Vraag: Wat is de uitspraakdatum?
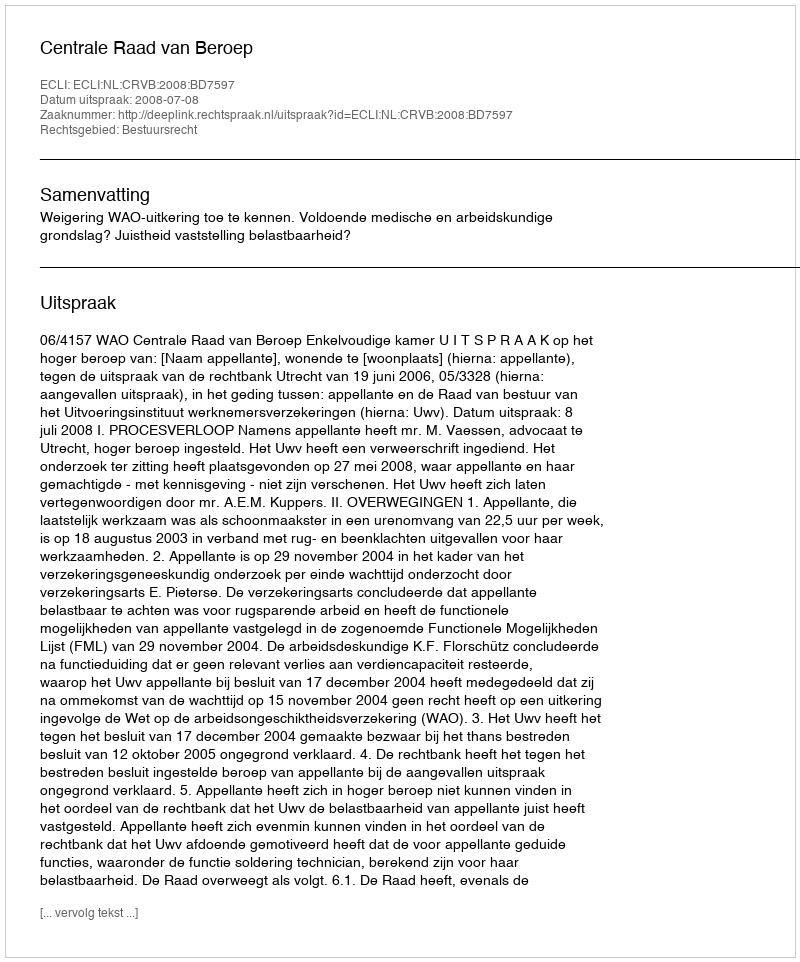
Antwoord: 2008-07-08